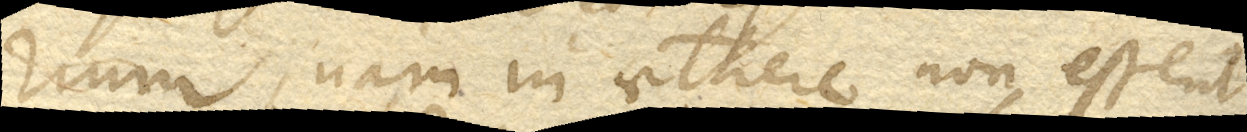
rium, nam in aethere non essent